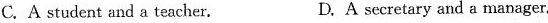
C. A student and a teacher. D. A secretary and a manager.